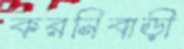
করনিবাড়ী